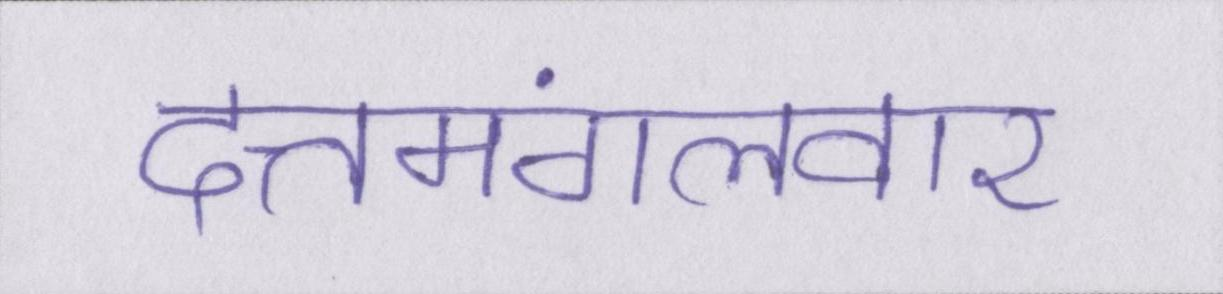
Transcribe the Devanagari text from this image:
दत्तमंगलवार